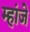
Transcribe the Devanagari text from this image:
म्हांजे